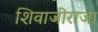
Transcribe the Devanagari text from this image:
शिवाजीराजा